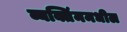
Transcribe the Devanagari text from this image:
व्यक्तिंममधील